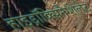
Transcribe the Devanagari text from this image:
हाइड्रॉक्सिनैप्शेलेट